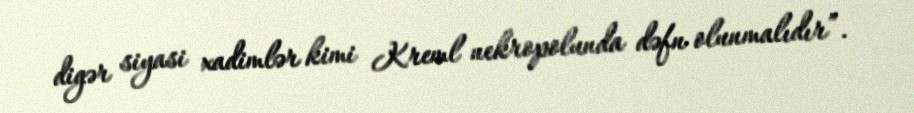
digər siyasi xadimlər kimi Kreml nekropolunda dəfn olunmalıdır”.